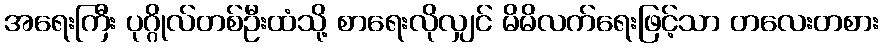
အရေးကြီး ပုဂ္ဂိုလ်တစ်ဦးထံသို့ စာရေးလိုလျှင် မိမိလက်ရေးဖြင့်သာ တလေးတစား